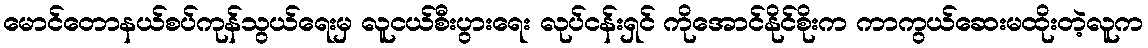
မောင်တောနယ်စပ်ကုန်သွယ်ရေးမှ လူငယ်စီးပွားရေး လုပ်ငန်းရှင် ကိုအောင်နိုင်စိုးက ကာကွယ်ဆေးမထိုးတဲ့လူက